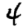
Digit: 4